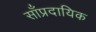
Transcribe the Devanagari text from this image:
साँप्रदायिक